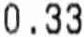
0.33